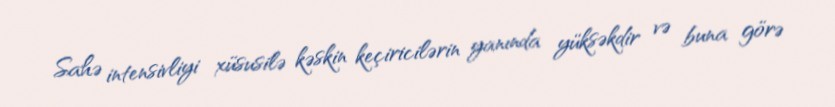
Sahə intensivliyi xüsusilə kəskin keçiricilərin yanında yüksəkdir və buna görə